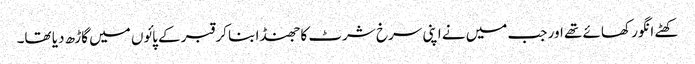
کھٹے انگور کھائے تھے اور جب میں نے اپنی سرخ شرٹ کا جھنڈا بنا کر قبر کے پائوں میں گاڑھ دیا تھا۔